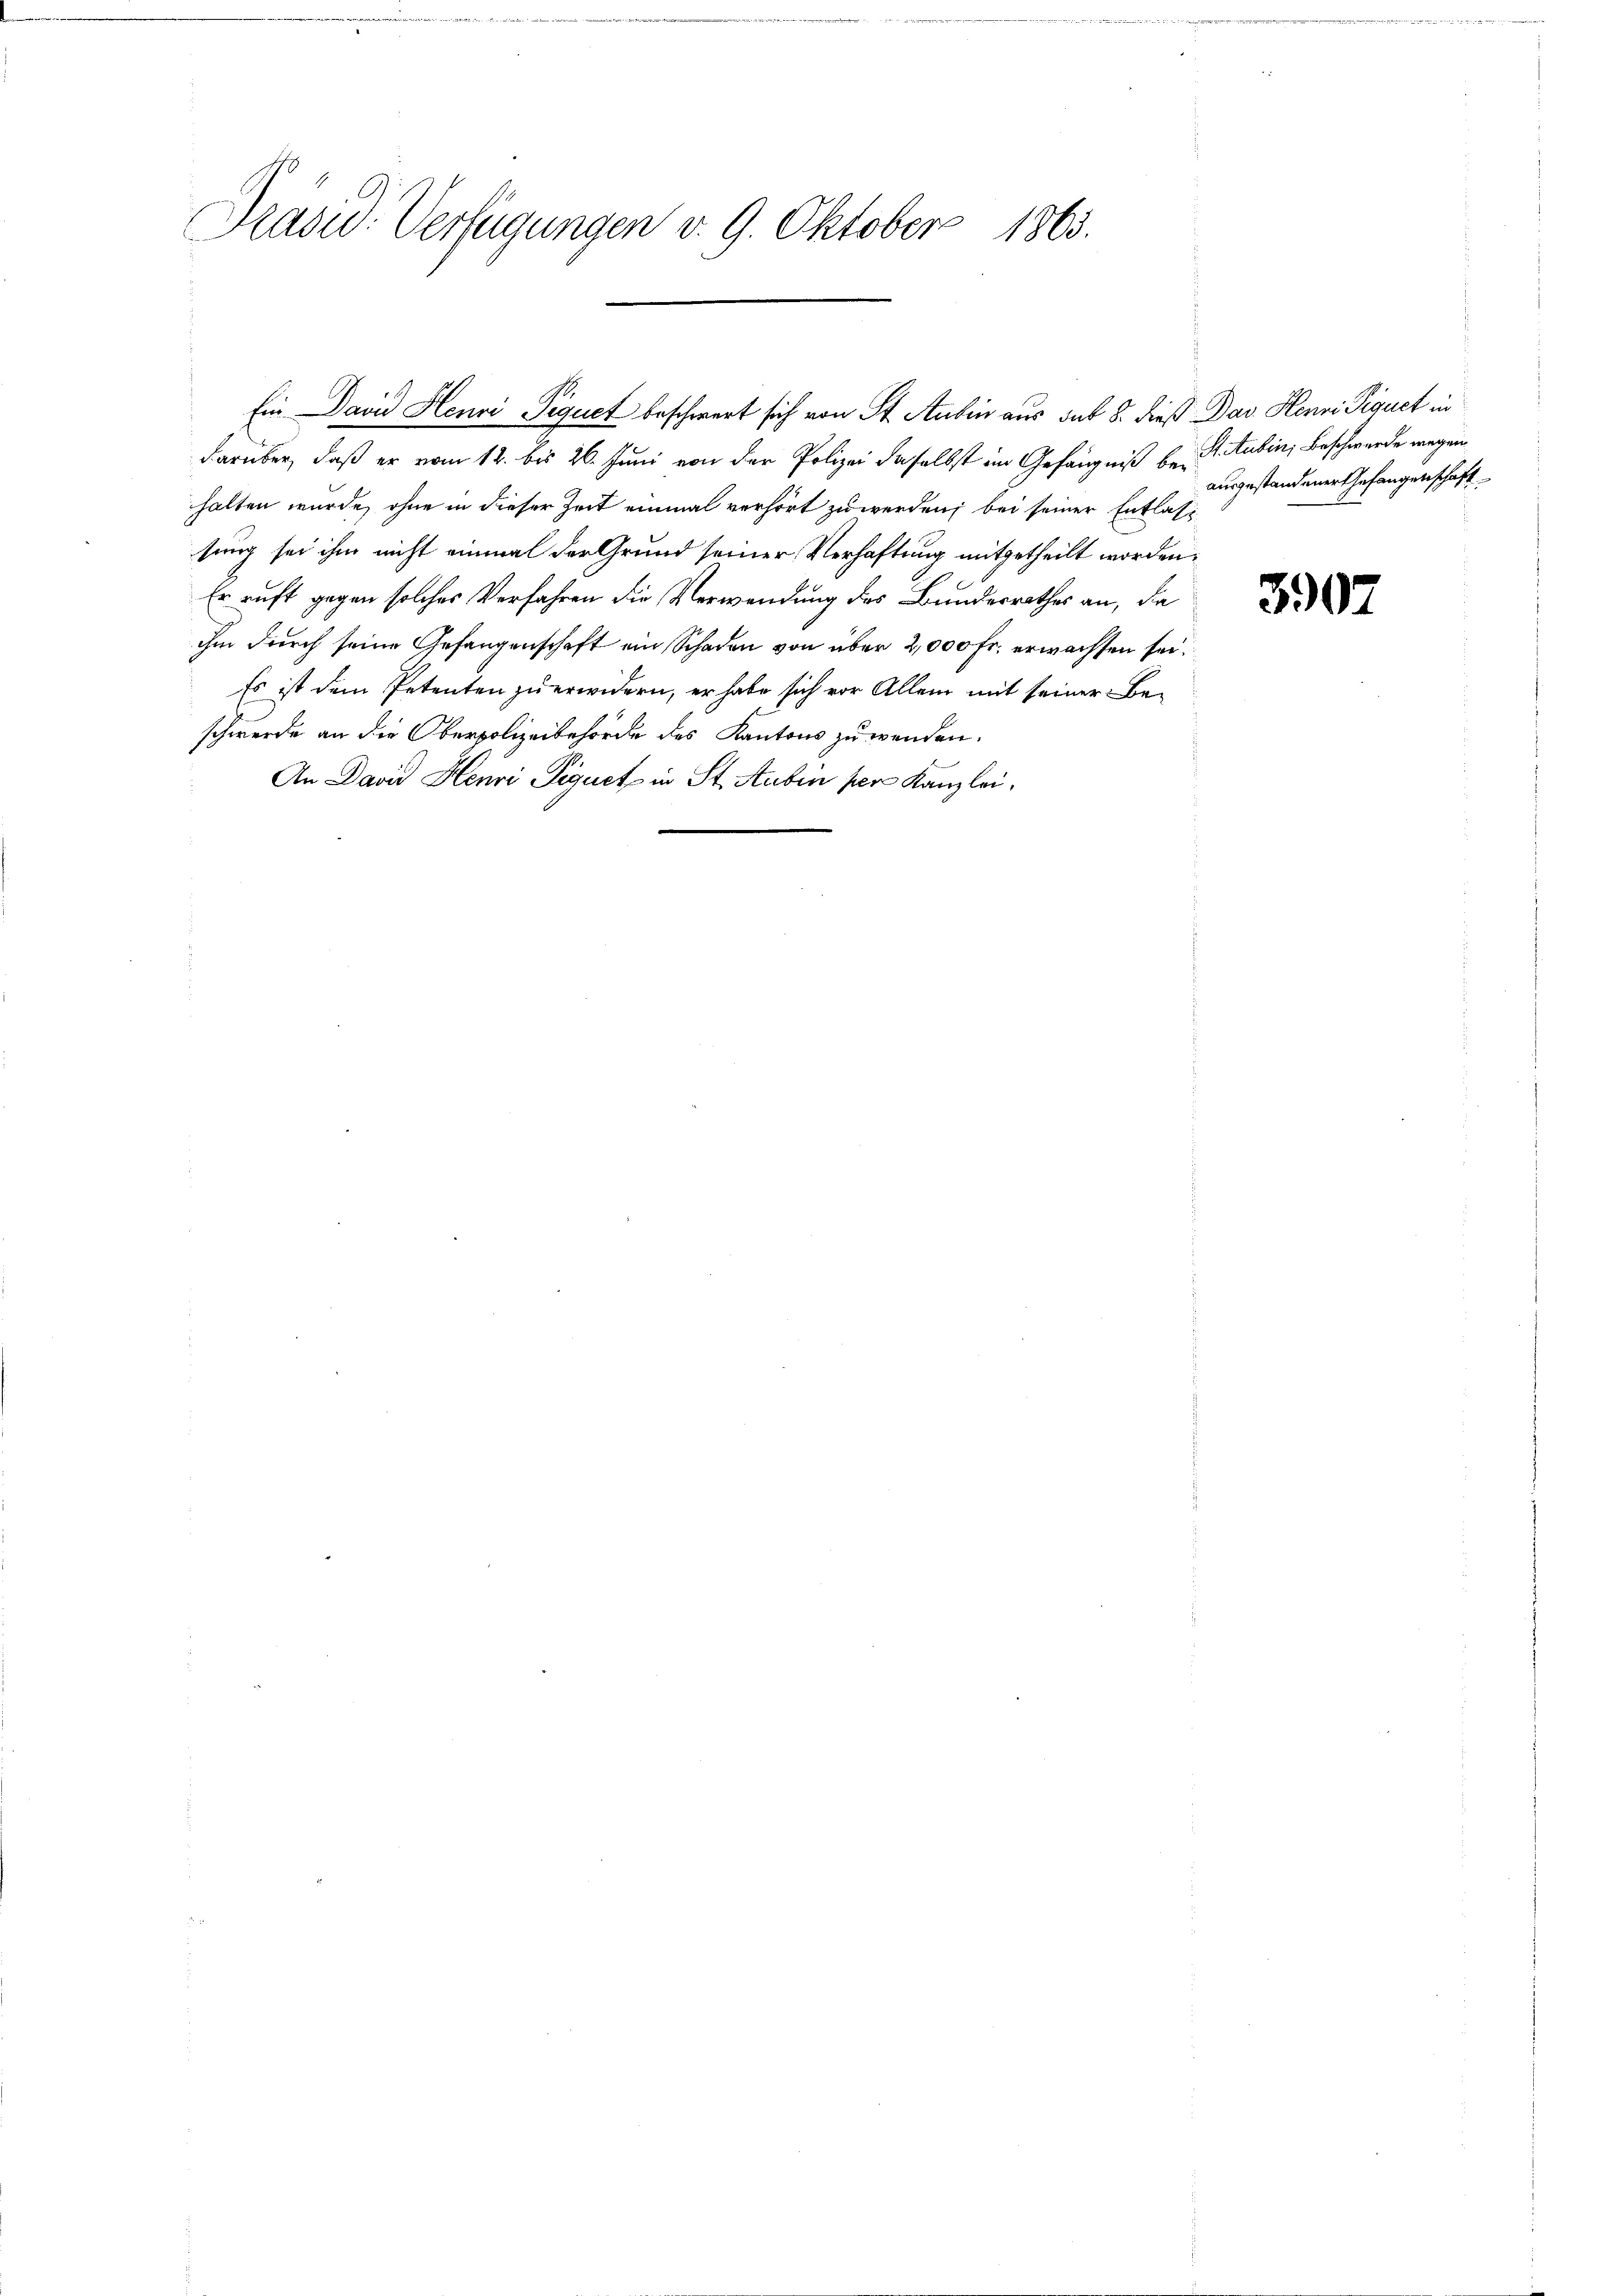
Präsid. Verfügungen v. 9. Oktober 1863.

darüber, daß er vom 12. bis 26. Juni von der Polizei daselbst im Gefängniß behalten wurde, ohne in dieser Zeit einmal verhört zu werden; bei seiner Entlassung sei ihm nicht einmal der Grund seiner Verhaftung mitgetheilt worden,
Er ruft gegen solches Verfahren die Verwendung des Bundesrathes an, da
ihm durch seine Gefangenschaft ein Schaden von über 2,000 Fr. erwachsen sei.
Es ist dem Petenten zu erwidern, er habe sich vor Allem mit seiner Be-
schwerde an die Oberpolizeibehörde des Kantons zu wenden.
An David Henri Piquet in St. Aubin per Kanzlei,

Ein David Henri Piquet beschwert sich von St. Aubin aus sub 8. dieß Das Henri Piquct in

S. Aubin, Beschwerde wegen
ausgestandener Gefangenschaft

3902